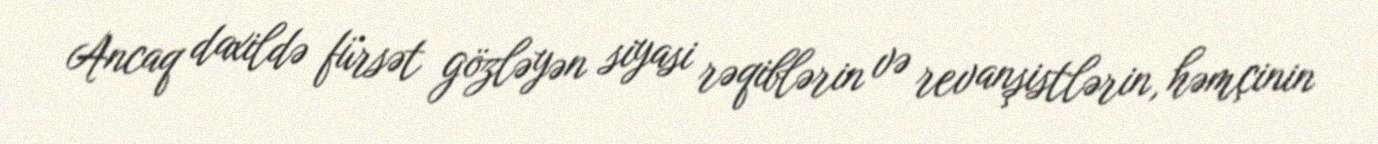
Ancaq daxildə fürsət gözləyən siyasi rəqiblərin və revanşistlərin, həmçinin